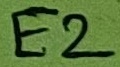
Text: E2